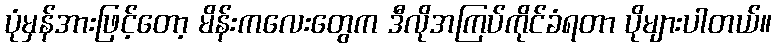
ပုံမှန်အားဖြင့်တော့ မိန်းကလေးတွေက ဒီလိုအကြပ်ကိုင်ခံရတာ ပိုများပါတယ်။